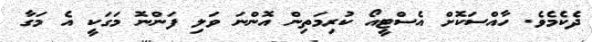
ދެކެމެވެ. ހާއްސަކޮށް އެސްޓީއޯ ކުރިމަތިން އޮންނަ ވަލި ފަންނޮ މަގަކީ އެ މަގާ